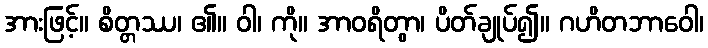
အားဖြင့်။ စိတ္တဿ၊ ၏။ ဝါ၊ ကို။ အာဝရိတွာ၊ ပိတ်ချုပ်၍။ ဂဟိတဘာဝေါ၊